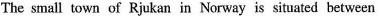
The small town of Rjukan in Norway is situated between